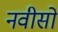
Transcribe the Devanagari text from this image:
नवीसों